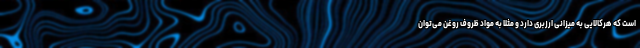
است که هرکالایی به میزانی ارزبری دارد و مثلا به مواد ظروف روغن می‌توان